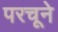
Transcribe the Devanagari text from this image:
परचूने